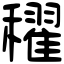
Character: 𥣞